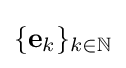
\{\mathbf {e} _{k}\}_{k\in \mathbb {N} }